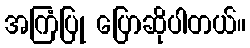
အကြံပြု ပြောဆိုပါတယ်။